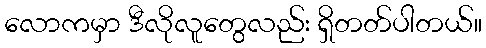
လောကမှာ ဒီလိုလူတွေလည်း ရှိတတ်ပါတယ်။